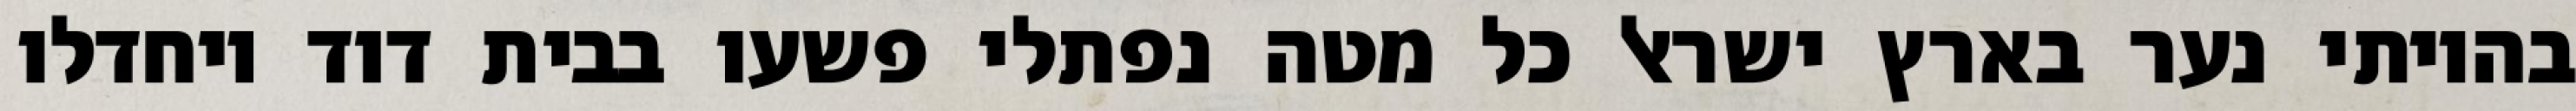
בהיותי נער בארץ ישראל כל מטה נפתלי פשעו בבית דוד ויחדלו